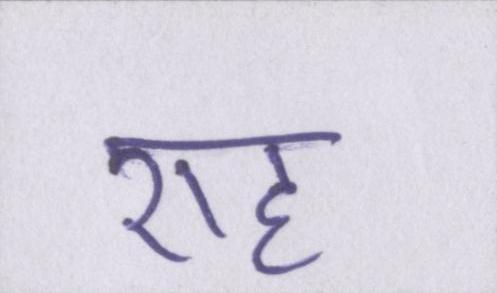
राह